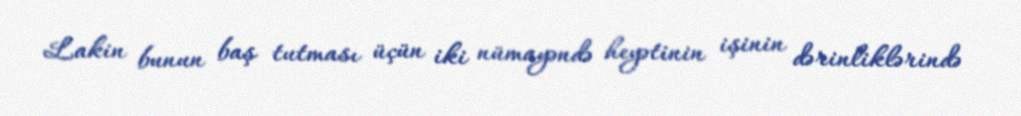
Lakin bunun baş tutması üçün iki nümayəndə heyətinin işinin dərinliklərində